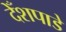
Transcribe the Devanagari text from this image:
देँशपाडे